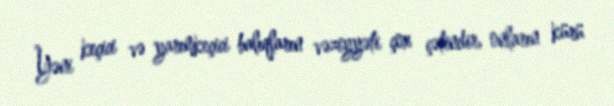
Yəni keçici və yarımkeçici balıqların vəziyyəti çox çətindir, onların kürü